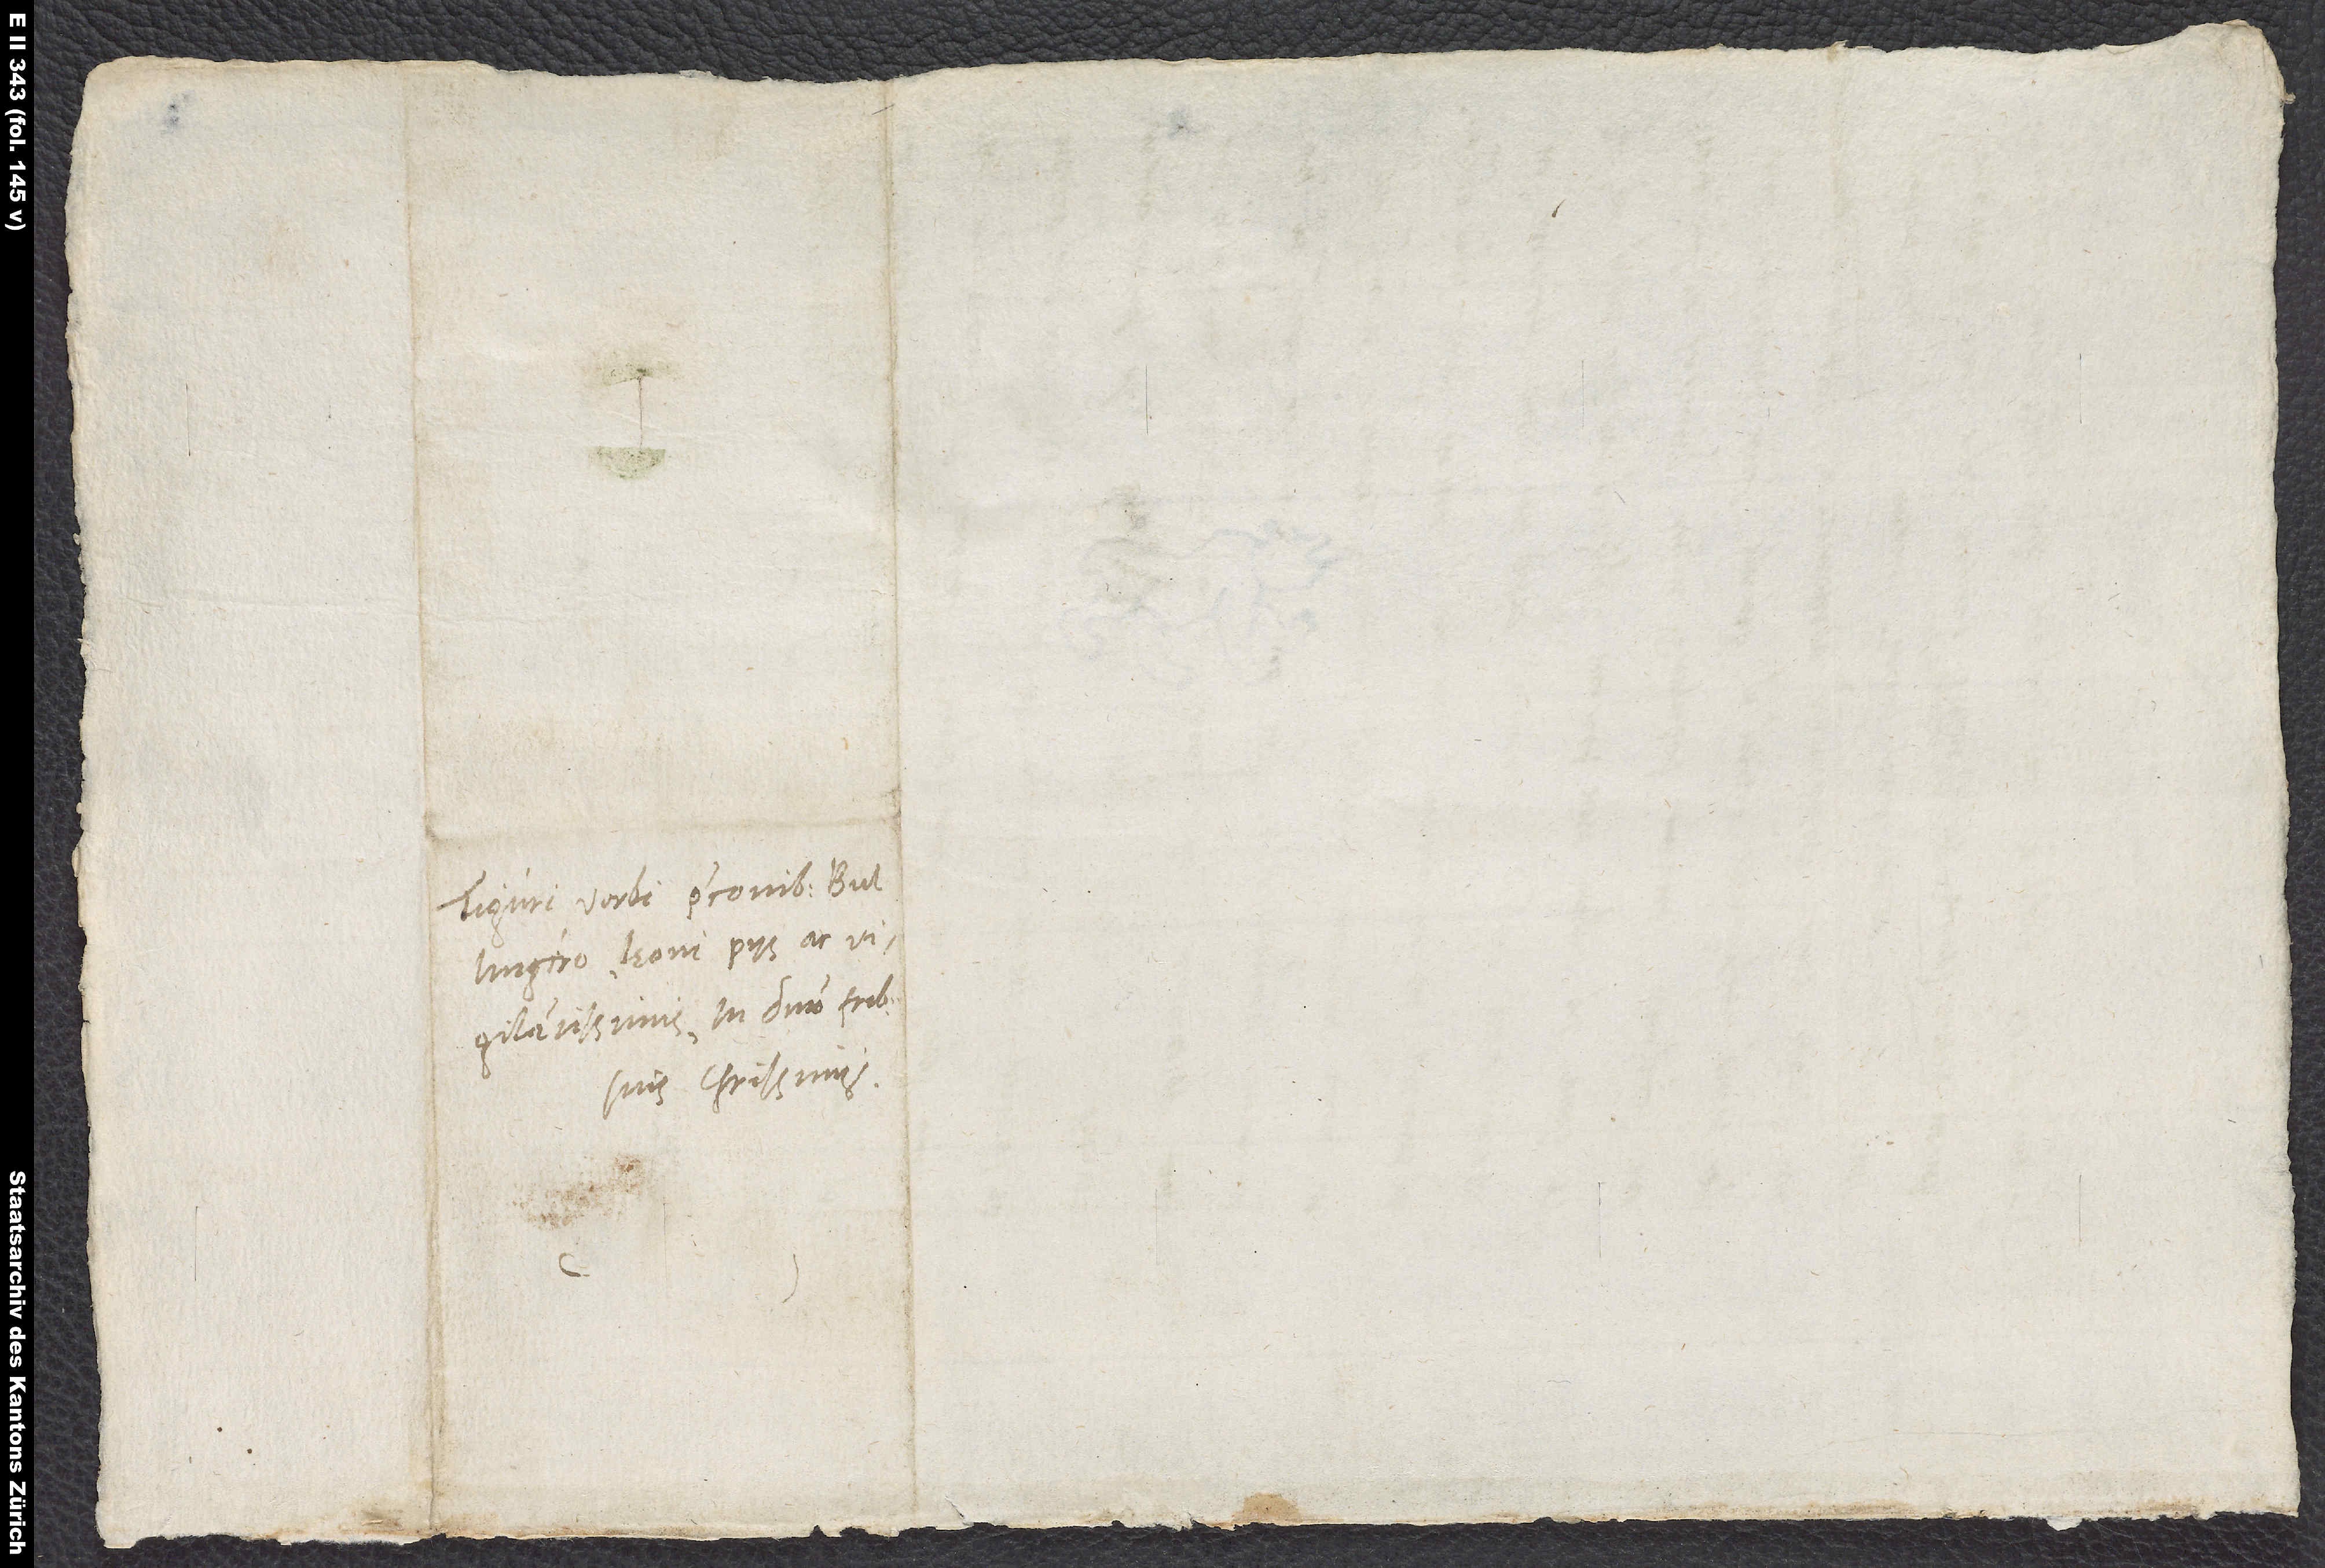
Tiguri verbi praeconibus Bullingero,
vigilantissimis, in domino fratribus
suis charissimis.